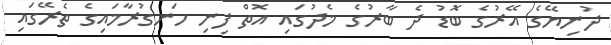
ދުނިޔޭގެ އޭރުގެ ބޮޑު ދެ ބާރުގެ މެދުގައި އޮތް ފިނި ހަނގުރާމައިގެ ތެރޭގައި